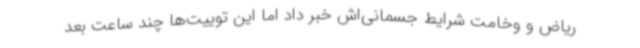
ریاض و وخامت شرایط جسمانی‌اش خبر داد اما این توییت‌ها چند ساعت بعد